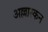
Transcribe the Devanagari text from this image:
अल्लास्कन